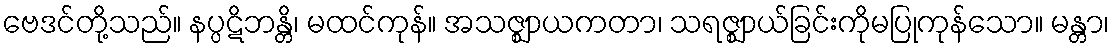
ဗေဒင်တို့သည်။ နပ္ပဋိဘန္တိ၊ မထင်ကုန်။ အသဇ္ဈာယကတာ၊ သရဇ္ဈာယ်ခြင်းကိုမပြုကုန်သော။ မန္တာ၊